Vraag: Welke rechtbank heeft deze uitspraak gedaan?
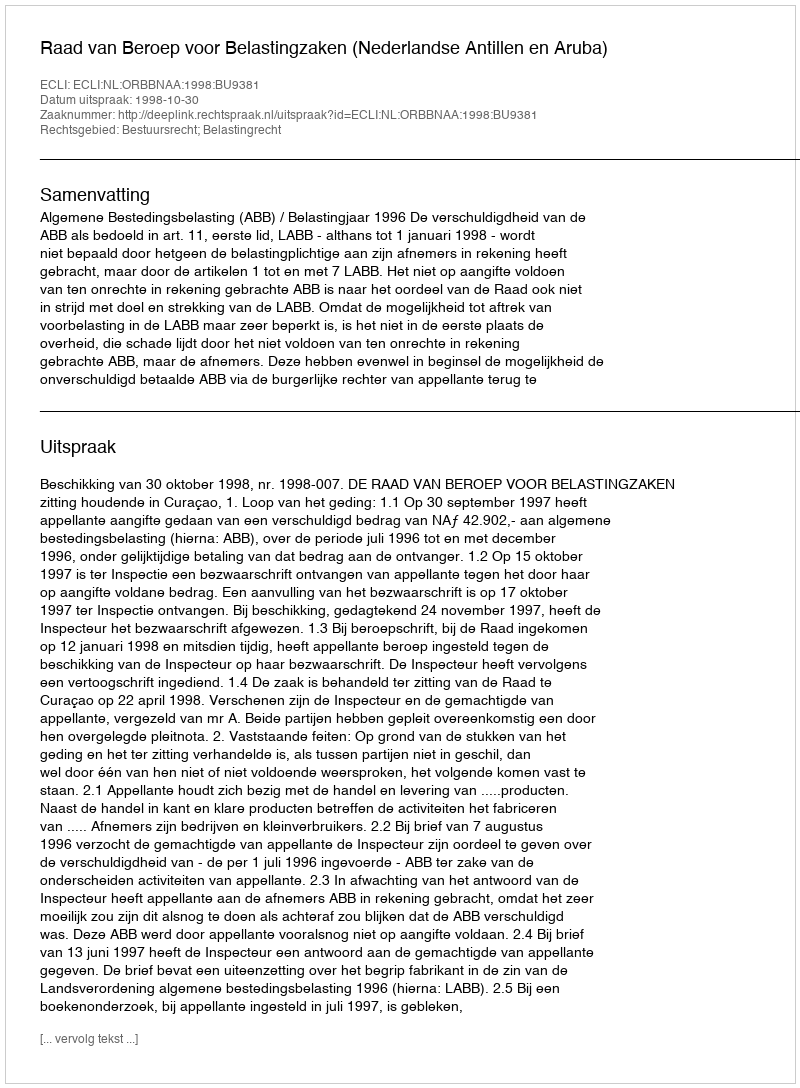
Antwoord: Raad van Beroep voor Belastingzaken (Nederlandse Antillen en Aruba)